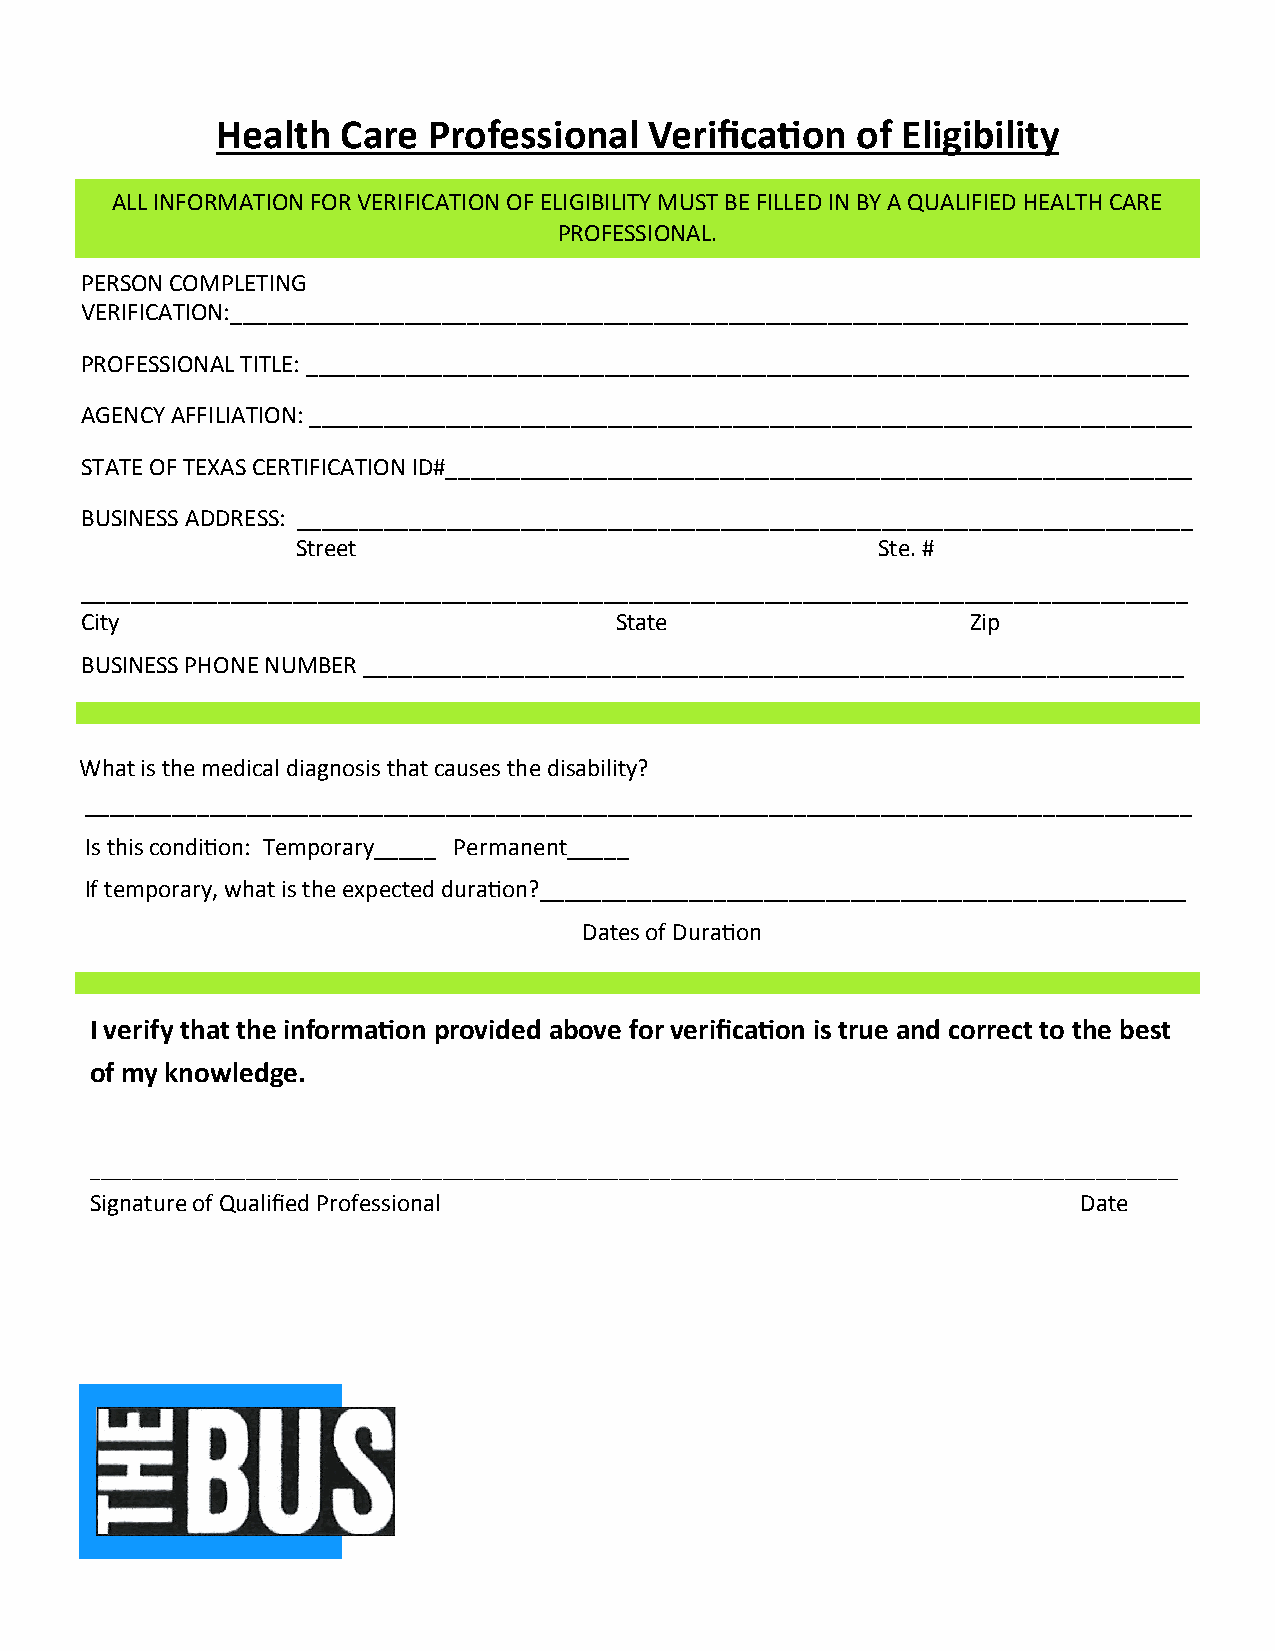
Health   Care Professional   Verification  of Eligibility
 ALL INFORMATION FOR VERIFICATION OF ELIGIBILITY MUST BE FILLED IN BY A QUALIFIED HEALTH CARE
 PROFESSIONAL.
 PERSON COMPLETING
 VERIFICATION:_____________________________________________________________________________
 PROFESSIONAL TITLE: _______________________________________________________________________
 AGENCY AFFILIATION: _______________________________________________________________________
 STATE OF TEXAS CERTIFICATION ID#____________________________________________________________
 BUSINESS ADDRESS: ________________________________________________________________________
 Street                                Ste. #
 _________________________________________________________________________________________
 City                                State                  Zip
 BUSINESS PHONE NUMBER __________________________________________________________________
 What is the medical diagnosis that causes the disability?
 _________________________________________________________________________________________
 Is this condition: Temporary_____ Permanent_____
 If temporary, what is the expected duration?____________________________________________________
 Dates of Duration
 I verify that the information provided above for verification is true and correct to the best
 of my knowledge.
 _________________________________________________________________________________________________________
 Signature of Qualified Professional                               Date